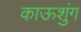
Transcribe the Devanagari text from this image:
काऊशुंग